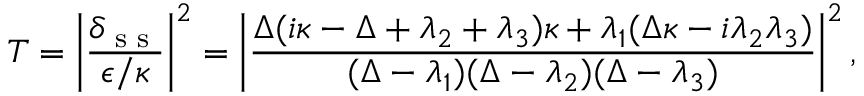
T = \left| \frac { \delta _ { \textrm { s s } } } { \epsilon / \kappa } \right| ^ { 2 } = \left| \frac { \Delta ( i \kappa - \Delta + \lambda _ { 2 } + \lambda _ { 3 } ) \kappa + \lambda _ { 1 } ( \Delta \kappa - i \lambda _ { 2 } \lambda _ { 3 } ) } { ( \Delta - \lambda _ { 1 } ) ( \Delta - \lambda _ { 2 } ) ( \Delta - \lambda _ { 3 } ) } \right| ^ { 2 } ,